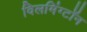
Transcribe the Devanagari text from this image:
विलमिंग्टॉन